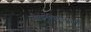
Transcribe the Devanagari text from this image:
जीवनविकासाठी